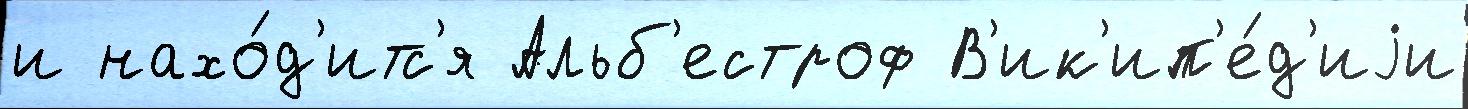
и нахо́д'итс'я Альб'естроф В'ик'ип'е́д'иjи